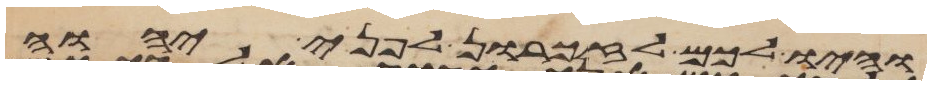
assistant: והיו לכם לזכרון לפני יהוה